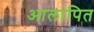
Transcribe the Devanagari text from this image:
आलापित